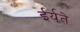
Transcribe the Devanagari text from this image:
ईर्यते